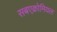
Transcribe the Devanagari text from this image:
सबएक्रोमियल